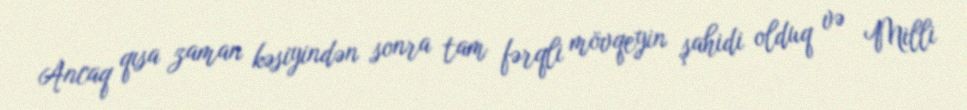
Ancaq qısa zaman kəsiyindən sonra tam fərqli mövqeyin şahidi olduq və Milli